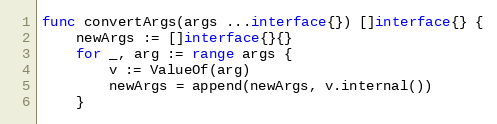
Language: Go
func convertArgs(args ...interface{}) []interface{} {
	newArgs := []interface{}{}
	for _, arg := range args {
		v := ValueOf(arg)
		newArgs = append(newArgs, v.internal())
	}